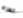
الغزاة